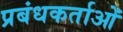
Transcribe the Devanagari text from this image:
प्रबंधकर्ताओं